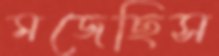
মজেছিস